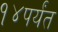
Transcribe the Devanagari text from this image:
१४पर्यंत